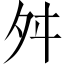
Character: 舛